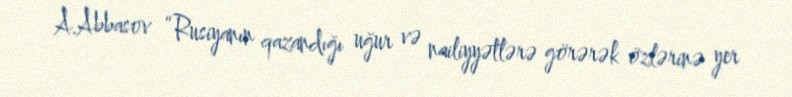
A.Abbasov “Rusiyanın qazandığı uğur və nailiyyətlərə görərək özlərinə yer